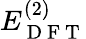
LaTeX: E_{\mathrm{~D~F~T~}}^{(2)}